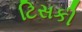
ટિસકી